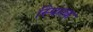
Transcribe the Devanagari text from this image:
स्पितक